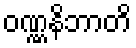
ဝဏ္ဏနိဘာတိ